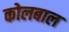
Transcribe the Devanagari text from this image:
कोलबाल